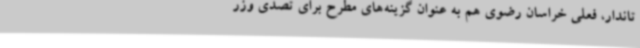
تاندار، فعلی خراسان رضوی هم به عنوان گزینه‌های مطرح برای تصدی وزر